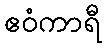
ဧဝံကာရီ